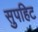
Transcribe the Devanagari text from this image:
सुपहिट